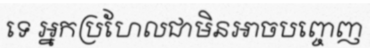
ទេ អ្នកប្រហែលជាមិនអាចបញ្ចេញ